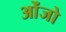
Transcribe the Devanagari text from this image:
ओंजो